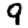
Digit: 9